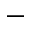
^ -